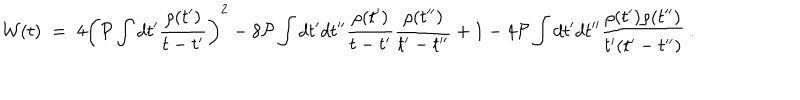
LaTeX: { \cal W } ( t ) \; = \; 4 \left( { \cal P } \int d t ^ { \prime } \frac { \rho ( t ^ { \prime } ) } { t - t ^ { \prime } } \right) ^ { 2 } - 8 { \cal P } \int d t ^ { \prime } d t ^ { \prime \prime } \frac { \rho ( t ^ { \prime } ) } { t - t ^ { \prime } } \frac { \rho ( t ^ { \prime \prime } ) } { t ^ { \prime } - t ^ { \prime \prime } } + 1 - 4 { \cal P } \int d t ^ { \prime } d t ^ { \prime \prime } \frac { \rho ( t ^ { \prime } ) \rho ( t ^ { \prime \prime } ) } { t ^ { \prime } ( t ^ { \prime } - t ^ { \prime \prime } ) } \; .